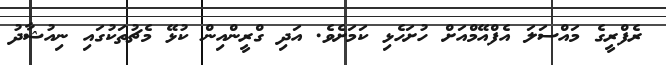
ރެފްރީގެ މައްސަލަ އެފްއޭމްއަށް ހުށަހެޅި ކަމަށެވެ. އަދި ގްރީންއިން ކުޅޭ މެޗުތަކުގައި ނިއުޝާދު